Report of the Municipal Commissioner on the plague in Bombay for the year ending 31st May... - Volume 2
Disease focus: Plague
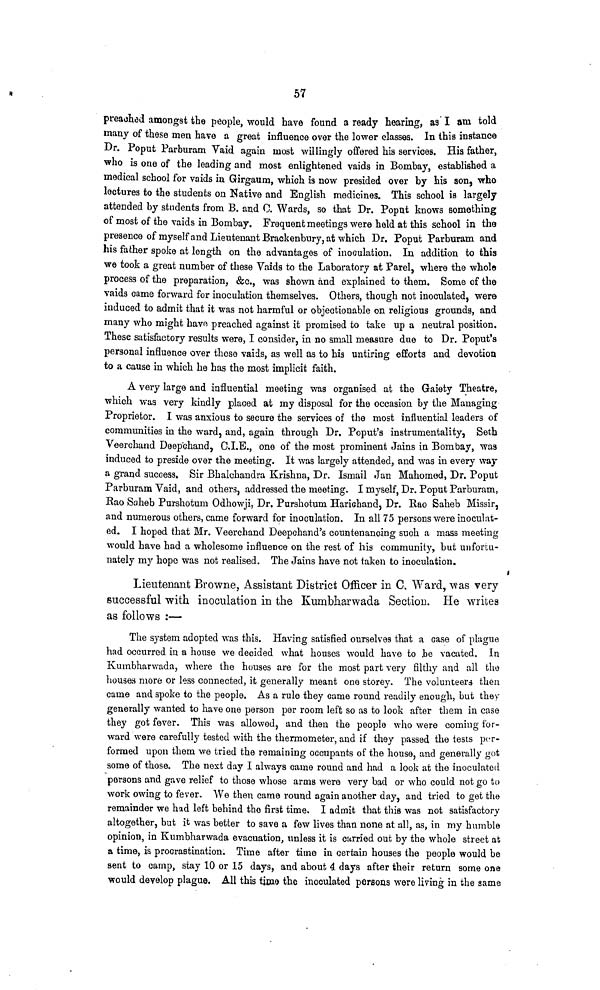
57
preached amongst the people, would have found a ready hearing, as I am told
many of these men have a great influence over the lower classes. In this instance
Dr. Poput Parburam Vaid again most willingly offered his services. His father,
who is one of the leading and most enlightened vaids in Bombay, established a
medical school for vaids in Girgaum, which is now presided over by his son, who
lectures to the students on Native and English medicines. This school is largely
attended by students from B. and C. Wards, so that Dr. Poput knows something
of most of the vaids in Bombay. Frequent meetings were held at this school in the
presence of myself and Lieutenant Brackenbury, at which Dr. Poput Parburam and
his father spoke at length on the advantages of inoculation. In addition to this
we took a great number of these Vaids to the Laboratory at Parel, where the whole
process of the preparation, &c., was shown and explained to them. Some of the
vaids came forward for inoculation themselves. Others, though not inoculated, were
induced to admit that it was not harmful or objectionable on religious grounds, and
many who might have preached against it promised to take up a neutral position.
These satisfactory results were, I consider, in no small measure due to Dr. Poput's
personal influence over these vaids, as well as to his untiring efforts and devotion
to a cause in which he has the most implicit faith.
A very large and influential meeting was organised at the Gaiety Theatre,
which was very kindly placed at my disposal for the occasion by the Managing
Proprietor. I was anxious to secure the services of the most influential leaders of
communities in the ward, and, again through Dr. Poput's instrumentality, Seth
Veerchand Deepchand, C.I.E., one of the most prominent Jains in Bombay, was
induced to preside over the meeting. It was largely attended, and was in every way
a grand success. Sir Bhalchandra Krishna, Dr. Ismail Jan Mahomed, Dr. Poput
Parburam Vaid, and others, addressed the meeting. I myself, Dr. Poput Parburam,
Rao Saheb Purshotum Odhowji, Dr. Purshotum Harichand, Dr. Rao Saheb Missir,
and numerous others, came forward for inoculation. In all 75 persons were inoculat-
ed. I hoped that Mr. Veerchand Deepchand's countenancing such a mass meeting
would have had a wholesome influence on the rest of his community, but unfortu-
nately my hope was not realised. The Jains have not taken to inoculation.
Lieutenant Browne, Assistant District Officer in C. Ward, was very
successful with inoculation in the Kumbharwada Section. He writes
as follows :—
The system adopted was this. Having satisfied ourselves that a case of pingue
had occurred in a house we decided what houses would have to he vacated. In
Kumbharwada, where the houses are for the most part very filthy and all the
houses more or less connected, it generally meant one storey. The volunteers then
came and spoke to the people. As a rule they came round readily enough, but they
generally wanted to have one person per room left so as to look after them in case
they got fever. This was allowed, and then the people who were coming for-
ward were carefully tested with the thermometer, and if they passed the tests per-
formed upon them we tried the remaining occupants of the house, and generally got
some of those. The next day I always came round and had a look at the inoculated
persons and gave relief to those whose arms were very bad or who could not go to
work owing to fever. We then came round again another day, and tried to get the
remainder we had left behind tho first time. I admit that this was not satisfactory
altogether, but it was better to save a few lives than none at all, as, in my humble
opinion, in Kumbharwada evacuation, unless it is carried out by the whole street at
a time, is procrastination. Time after time in certain houses the people would be
sent to camp, stay 10 or 15 days, and about 4 days after their return some one
would develop plague. All this time the inoculated persons were living in the same